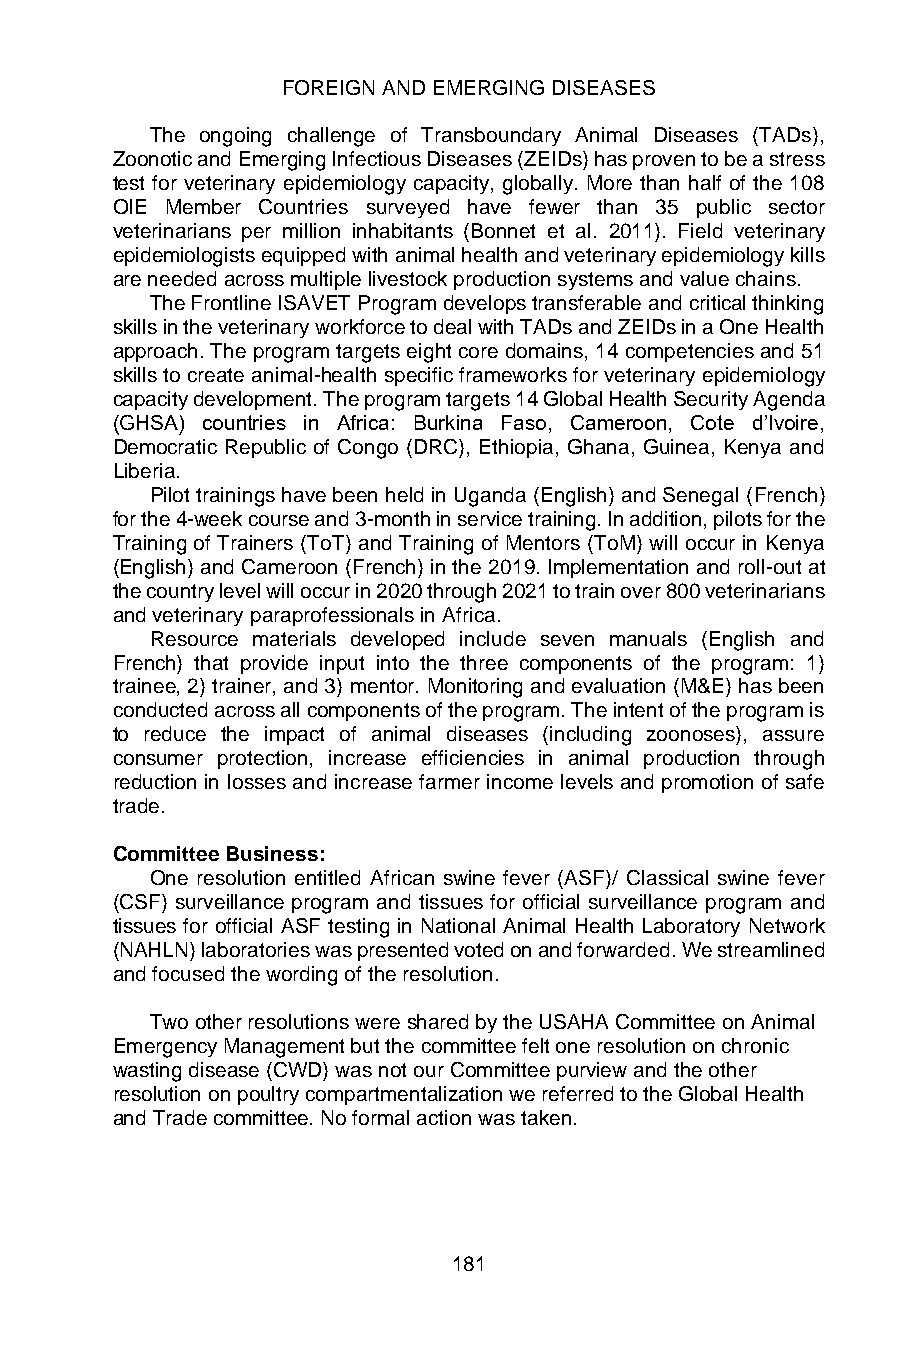
FOREIGN AND EMERGING DISEASES
 The ongoing challenge of Transboundary Animal Diseases (TADs),
 Zoonotic and Emerging Infectious Diseases (ZEIDs) has proven to be a stress
 test for veterinary epidemiology capacity, globally. More than half of the 108
 OIE Member Countries surveyed have fewer than 35 public sector
 veterinarians per million inhabitants (Bonnet et al. 2011). Field veterinary
 epidemiologists equipped with animal health and veterinary epidemiology kills
 are needed across multiple livestock production systems and value chains.
 The Frontline ISAVET Program develops transferable and critical thinking
 skills in the veterinary workforce to deal with TADs and ZEIDs in a One Health
 approach. The program targets eight core domains, 14 competencies and 51
 skills to create animal-health specific frameworks for veterinary epidemiology
 capacity development. The program targets 14 Global Health Security Agenda
 (GHSA) countries in Africa: Burkina Faso, Cameroon, Cote d’Ivoire,
 Democratic Republic of Congo (DRC), Ethiopia, Ghana, Guinea, Kenya and
 Liberia.
 Pilot trainings have been held in Uganda (English) and Senegal (French)
 for the 4-week course and 3-month in service training. In addition, pilots for the
 Training of Trainers (ToT) and Training of Mentors (ToM) will occur in Kenya
 (English) and Cameroon (French) in the 2019. Implementation and roll-out at
 the country level will occur in 2020 through 2021 to train over 800 veterinarians
 and veterinary paraprofessionals in Africa.
 Resource materials developed include seven manuals (English and
 French) that provide input into the three components of the program: 1)
 trainee, 2) trainer, and 3) mentor. Monitoring and evaluation (M&E) has been
 conducted across all components of the program. The intent of the program is
 to reduce the impact of animal diseases (including zoonoses), assure
 consumer protection, increase efficiencies in animal production through
 reduction in losses and increase farmer income levels and promotion of safe
 trade.
 Committee Business:
 One resolution entitled African swine fever (ASF)/ Classical swine fever
 (CSF) surveillance program and tissues for official surveillance program and
 tissues for official ASF testing in National Animal Health Laboratory Network
 (NAHLN) laboratories was presented voted on and forwarded. We streamlined
 and focused the wording of the resolution.
 Two other resolutions were shared by the USAHA Committee on Animal
 Emergency Management but the committee felt one resolution on chronic
 wasting disease (CWD) was not our Committee purview and the other
 resolution on poultry compartmentalization we referred to the Global Health
 and Trade committee. No formal action was taken.
 181